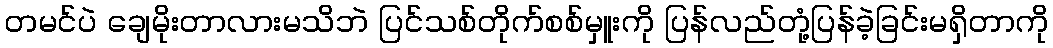
တမင်ပဲ ချေမိုးတာလားမသိဘဲ ပြင်သစ်တိုက်စစ်မှူးကို ပြန်လည်တုံ့ပြန်ခဲ့ခြင်းမရှိတာကို